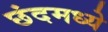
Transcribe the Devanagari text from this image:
छंदमध्ये